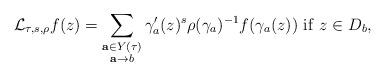
LaTeX: \begin{align*}\mathcal{L}_{\tau,s,\rho} f(z) = \sum_{\substack{ \textbf{a}\in Y(\tau) \\ \textbf{a}\to b}} \gamma_a'(z)^s \rho(\gamma_a)^{-1} f(\gamma_a (z))\ \mathrm{if}\ z\in D_b,\end{align*}